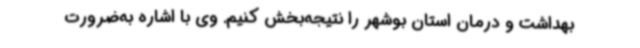
بهداشت و درمان استان بوشهر را نتیجه‌بخش کنیم. وی با اشاره به‌ضرورت